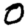
Digit: 0